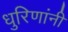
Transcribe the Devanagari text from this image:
धुरिणांनी